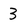
Character: 3